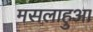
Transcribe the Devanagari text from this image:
मसलाहुआ